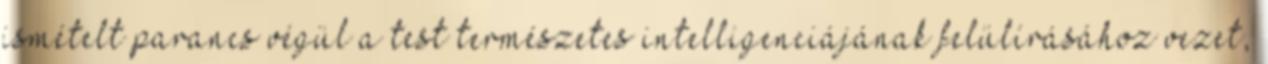
ismételt parancs végül a test természetes intelligenciájának felülírásához vezet,